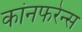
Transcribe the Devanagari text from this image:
कांनफरेन्स